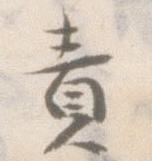
責